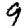
Digit: 9